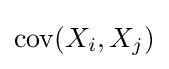
\operatorname {cov} (X_{i},X_{j})